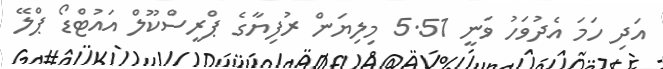
އަދި ހަމަ އެދުވަހު ވަނީ 5.51 މިލިޔަން ރުފިޔާގެ ޕްރީސްކޫލް އައުޓްޑޯ ޕްލޭ